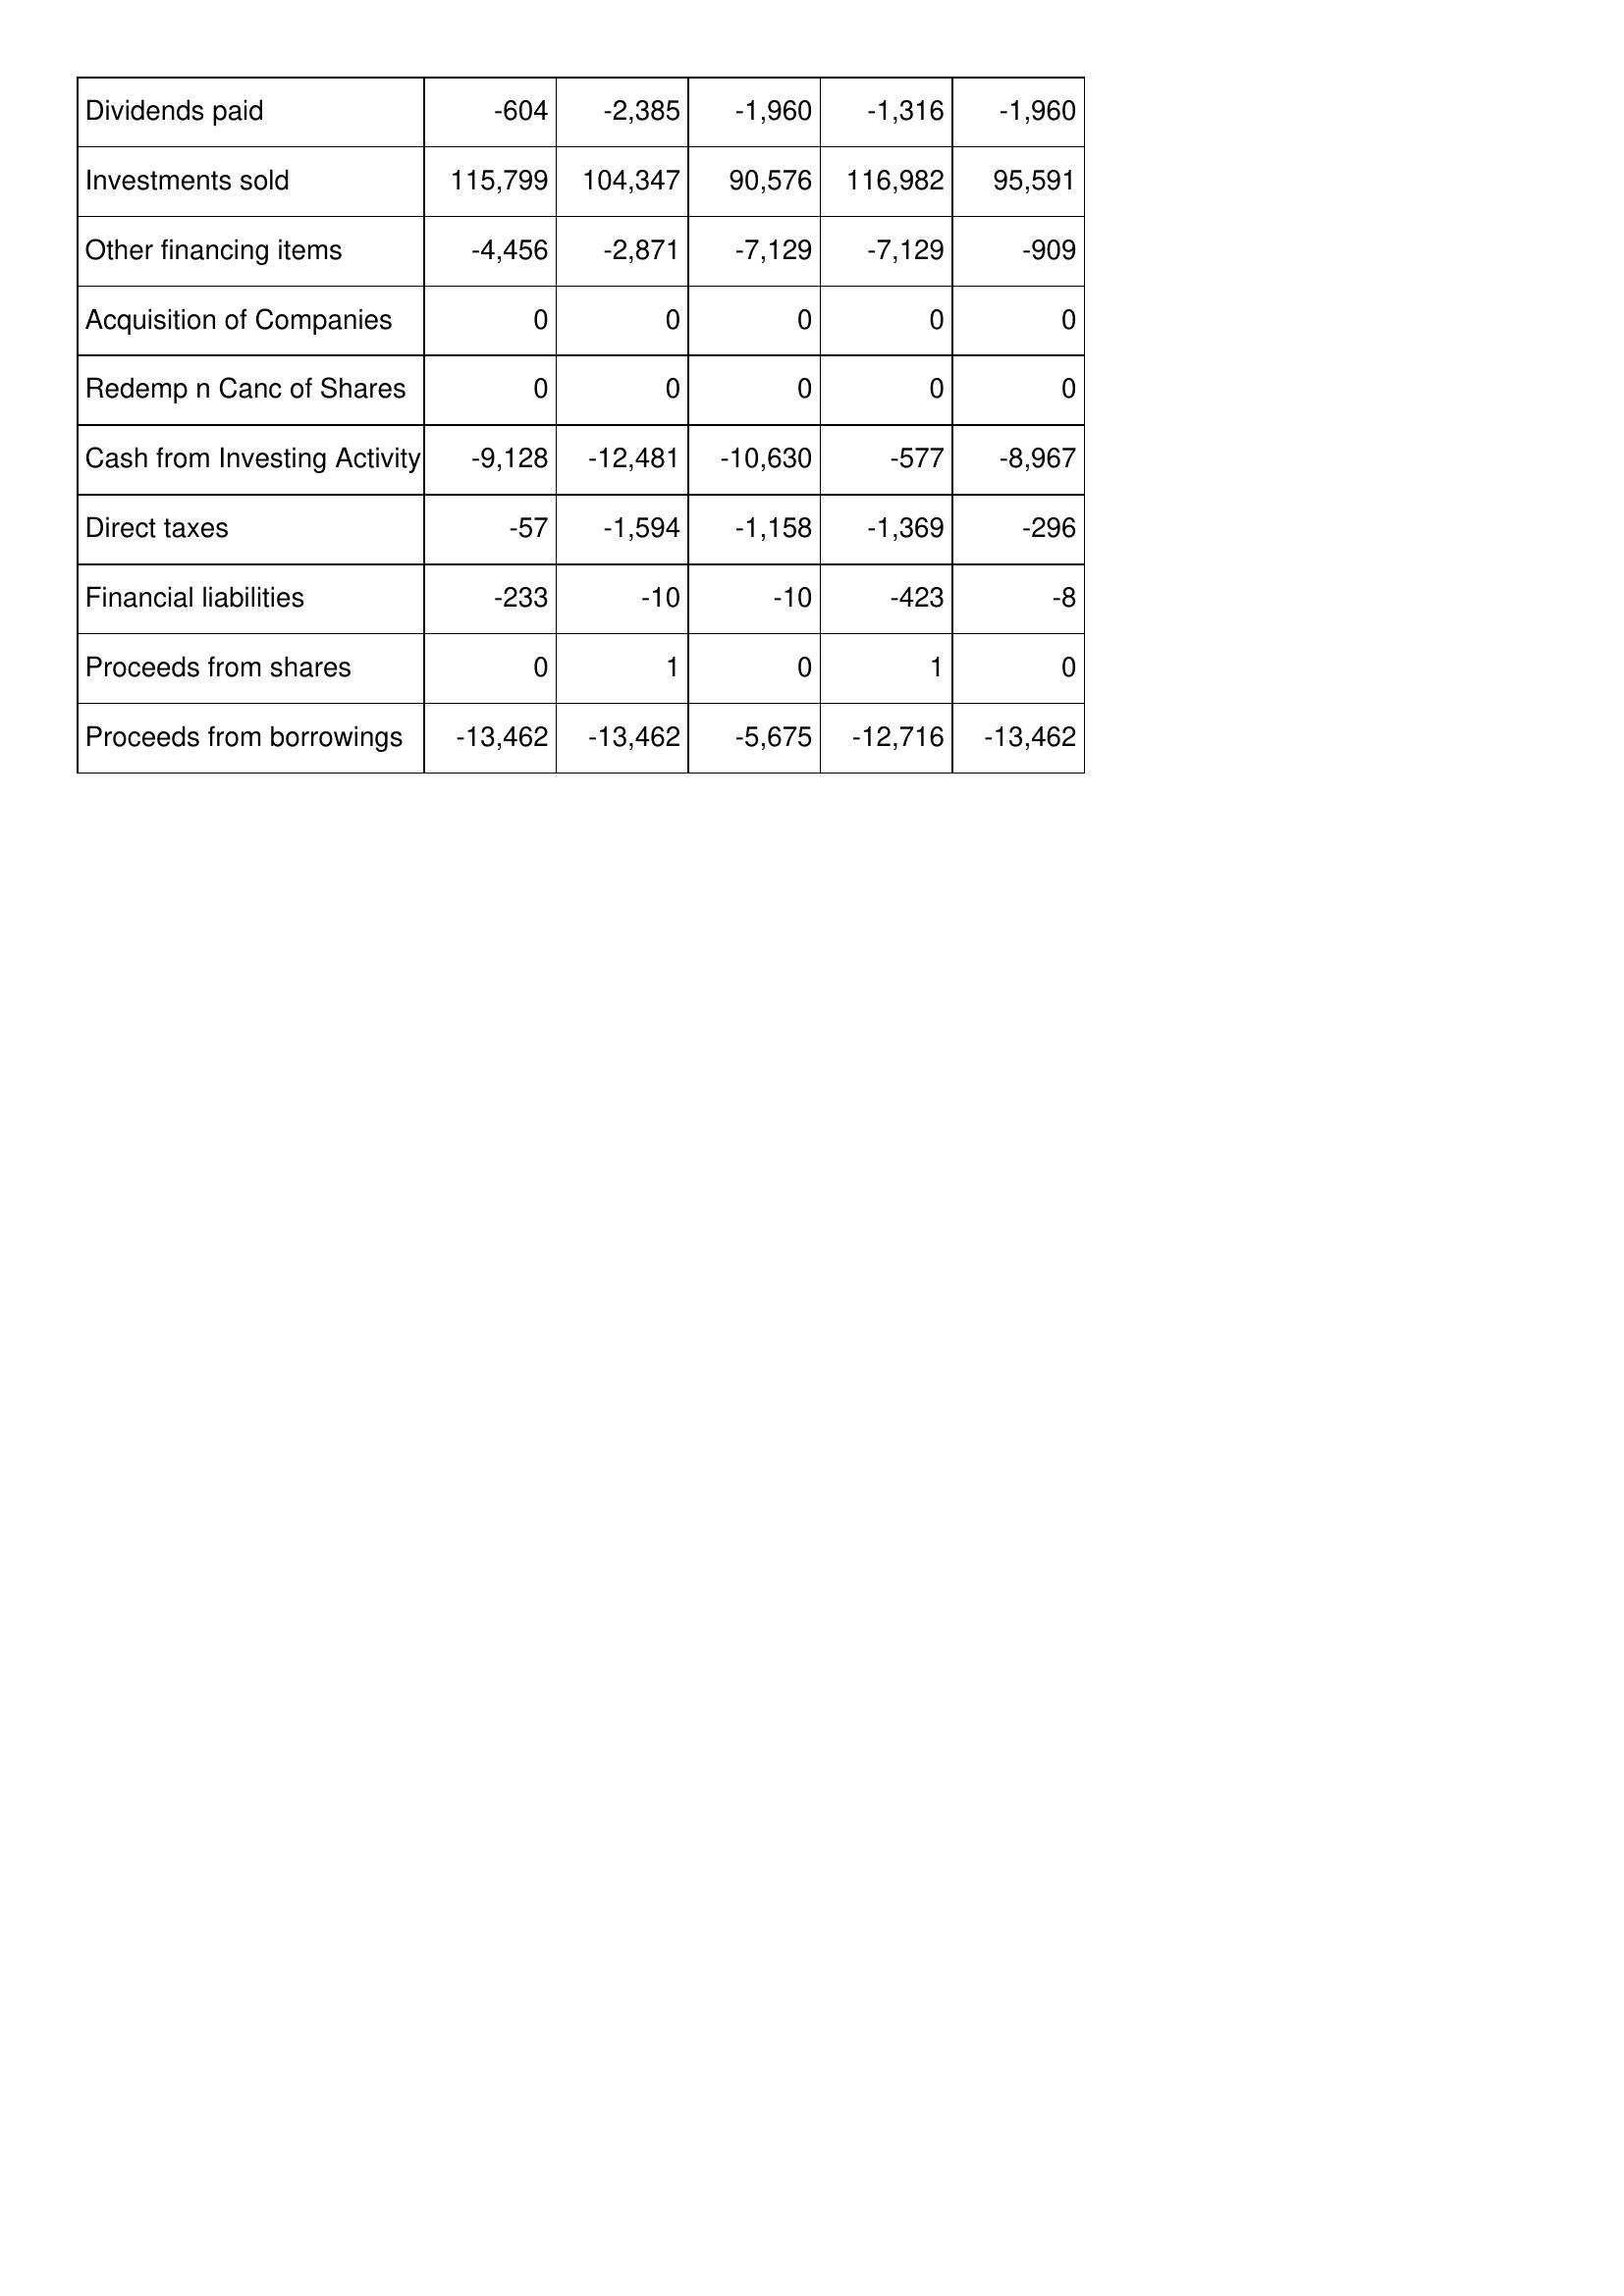
Apr-08: Cash Flows: Dividends paid: -604
Investments sold: 115,799
Other financing items: -4,456
Acquisition of Companies: 0
Redemp n Canc of Shares: 0
Cash from Investing Activity: -9,128
Direct taxes: -57
Financial liabilities: -233
Proceeds from shares: 0
Proceeds from borrowings: -13,462
Apr-07: Cash Flows: Dividends paid: -2,385
Investments sold: 104,347
Other financing items: -2,871
Acquisition of Companies: 0
Redemp n Canc of Shares: 0
Cash from Investing Activity: -12,481
Direct taxes: -1,594
Financial liabilities: -10
Proceeds from shares: 1
Proceeds from borrowings: -13,462
Apr-06: Cash Flows: Dividends paid: -1,960
Investments sold: 90,576
Other financing items: -7,129
Acquisition of Companies: 0
Redemp n Canc of Shares: 0
Cash from Investing Activity: -10,630
Direct taxes: -1,158
Financial liabilities: -10
Proceeds from shares: 0
Proceeds from borrowings: -5,675
Apr-05: Cash Flows: Dividends paid: -1,316
Investments sold: 116,982
Other financing items: -7,129
Acquisition of Companies: 0
Redemp n Canc of Shares: 0
Cash from Investing Activity: -577
Direct taxes: -1,369
Financial liabilities: -423
Proceeds from shares: 1
Proceeds from borrowings: -12,716
Apr-04: Cash Flows: Dividends paid: -1,960
Investments sold: 95,591
Other financing items: -909
Acquisition of Companies: 0
Redemp n Canc of Shares: 0
Cash from Investing Activity: -8,967
Direct taxes: -296
Financial liabilities: -8
Proceeds from shares: 0
Proceeds from borrowings: -13,462